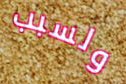
ولسبب